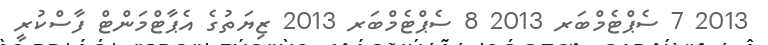
2013 7 ސެޕްޓެމްބަރ 2013 8 ސެޕްޓެމްބަރ 2013 ޒިޔަތުގެ އެޕާޓްމަންޓް ފާސްކުރީ